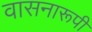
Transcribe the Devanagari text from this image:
वासनारूपी